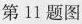
第11题图